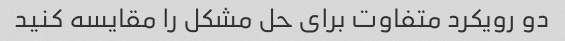
دو رویکرد متفاوت برای حل مشکل را مقایسه کنید